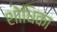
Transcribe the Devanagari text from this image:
शोधिका